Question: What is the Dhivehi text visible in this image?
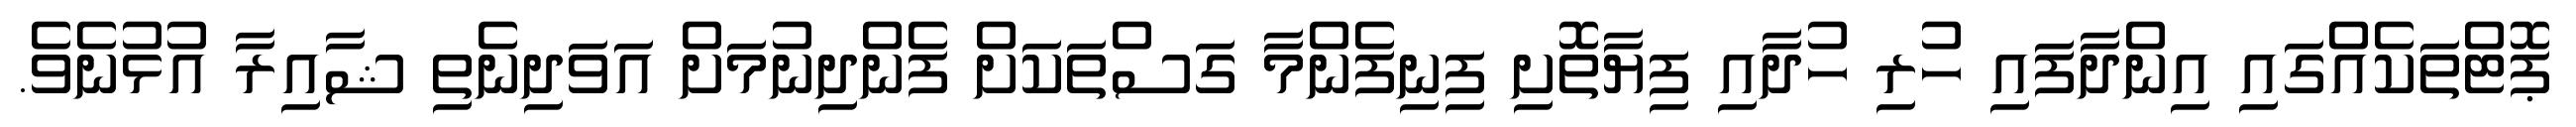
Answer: ޕޮޓްތަކެއްގައި އިންދާފައި ހުރި ހުދާއި ފިޔާތޮށި ފިނިފެންމާ ގަސްތަކަށް ފެންދިނުމަށް އަވަދިނެތި ޝާއިރާ އުޅުނެވެ.